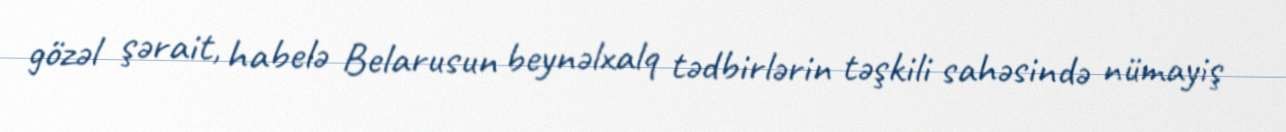
gözəl şərait, habelə Belarusun beynəlxalq tədbirlərin təşkili sahəsində nümayiş